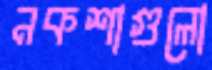
নকশাগুলো